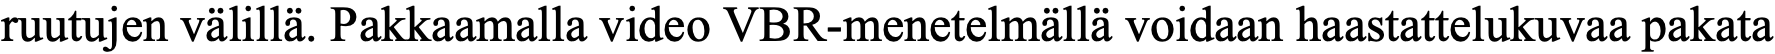
ruutujen välillä. Pakkaamalla video VBR-menetelmällä voidaan haastattelukuvaa pakata